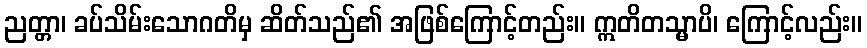
ညတ္တာ၊ ခပ်သိမ်းသောဂတိမှ ဆိတ်သည်၏ အဖြစ်ကြောင့်တည်း။ ဣတိတသ္မာပိ၊ ကြောင့်လည်း။